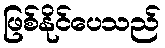
ဖြစ်နိုင်ပေသည်